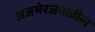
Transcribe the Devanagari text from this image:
अजमेरजवळील